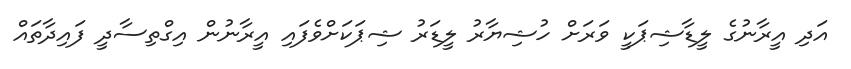
އަދި އީރާނުގެ ލީޑާޝިޕަކީ ވަރަށް ހުޝިޔާރު ލީޑަރު ޝިޕަކަށްވެފައި އީރާނުން އިގްތިސާދީ ފައިދާތައް